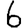
Digit: 6